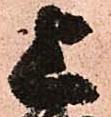
上